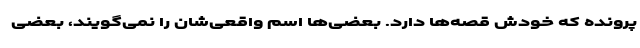
پرونده که خودش قصه‌ها دارد. بعضی‌ها اسم واقعی‌شان را نمی‌گویند، بعضی